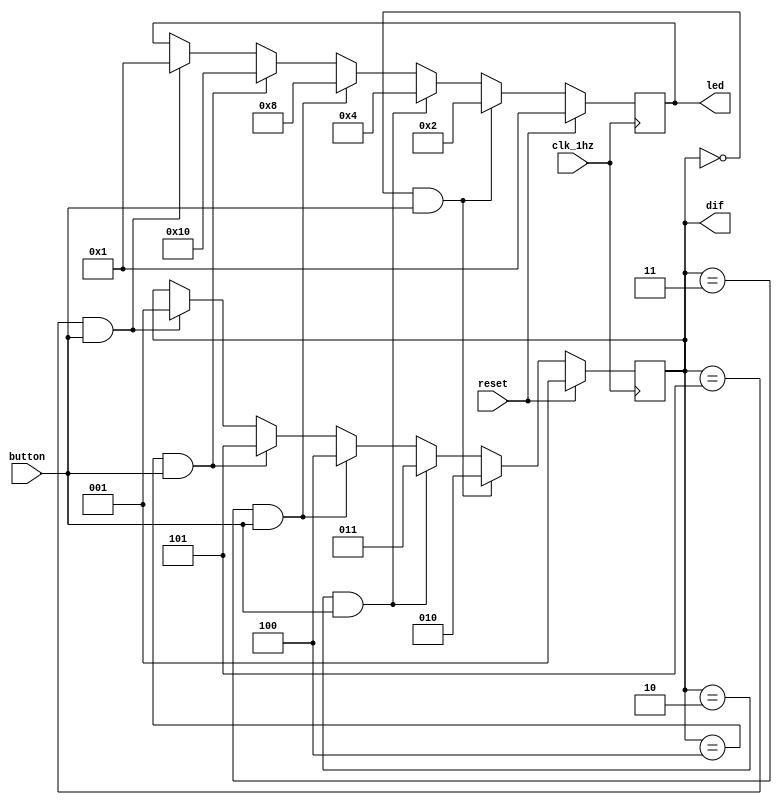
`timescale 1ns / 1ps
//////////////////////////////////////////////////////////////////////////////////
// Company: 
// Engineer: 
// 
// Design Name: 
// Module Name: difficulty
// Project Name: 
// Target Devices: 
// Tool Versions: 
// Description: 
// 
// Dependencies: 
// 
// Revision:
// Revision 0.01 - File Created
// Additional Comments:
// 
//////////////////////////////////////////////////////////////////////////////////


module difficulty(
    input button,
    input clk_1hz,
    input reset,
    output reg [2:0]dif,
    output reg [4:0] led
    );
    
    always @ (posedge clk_1hz) begin
        if(reset) begin
            dif <= 1;
            led <= 5'b00001; end
        else if(dif == 0 && button == 1) begin
            dif <= 2;
            led <= 5'b00010; end
        else if(dif == 2 && button == 1) begin
            dif <= 3;
            led <= 5'b00100; end
        else if(dif == 3 && button == 1) begin
            dif <= 4;
            led <= 5'b01000; end        
        else if(dif == 4 && button == 1) begin
            dif <= 5;
            led <= 5'b10000;end
        else if(dif == 5 && button == 1)begin
            dif <= 1;
            led <= 5'b00001;end
            
        else
            dif <= dif;
    end
        
endmodule